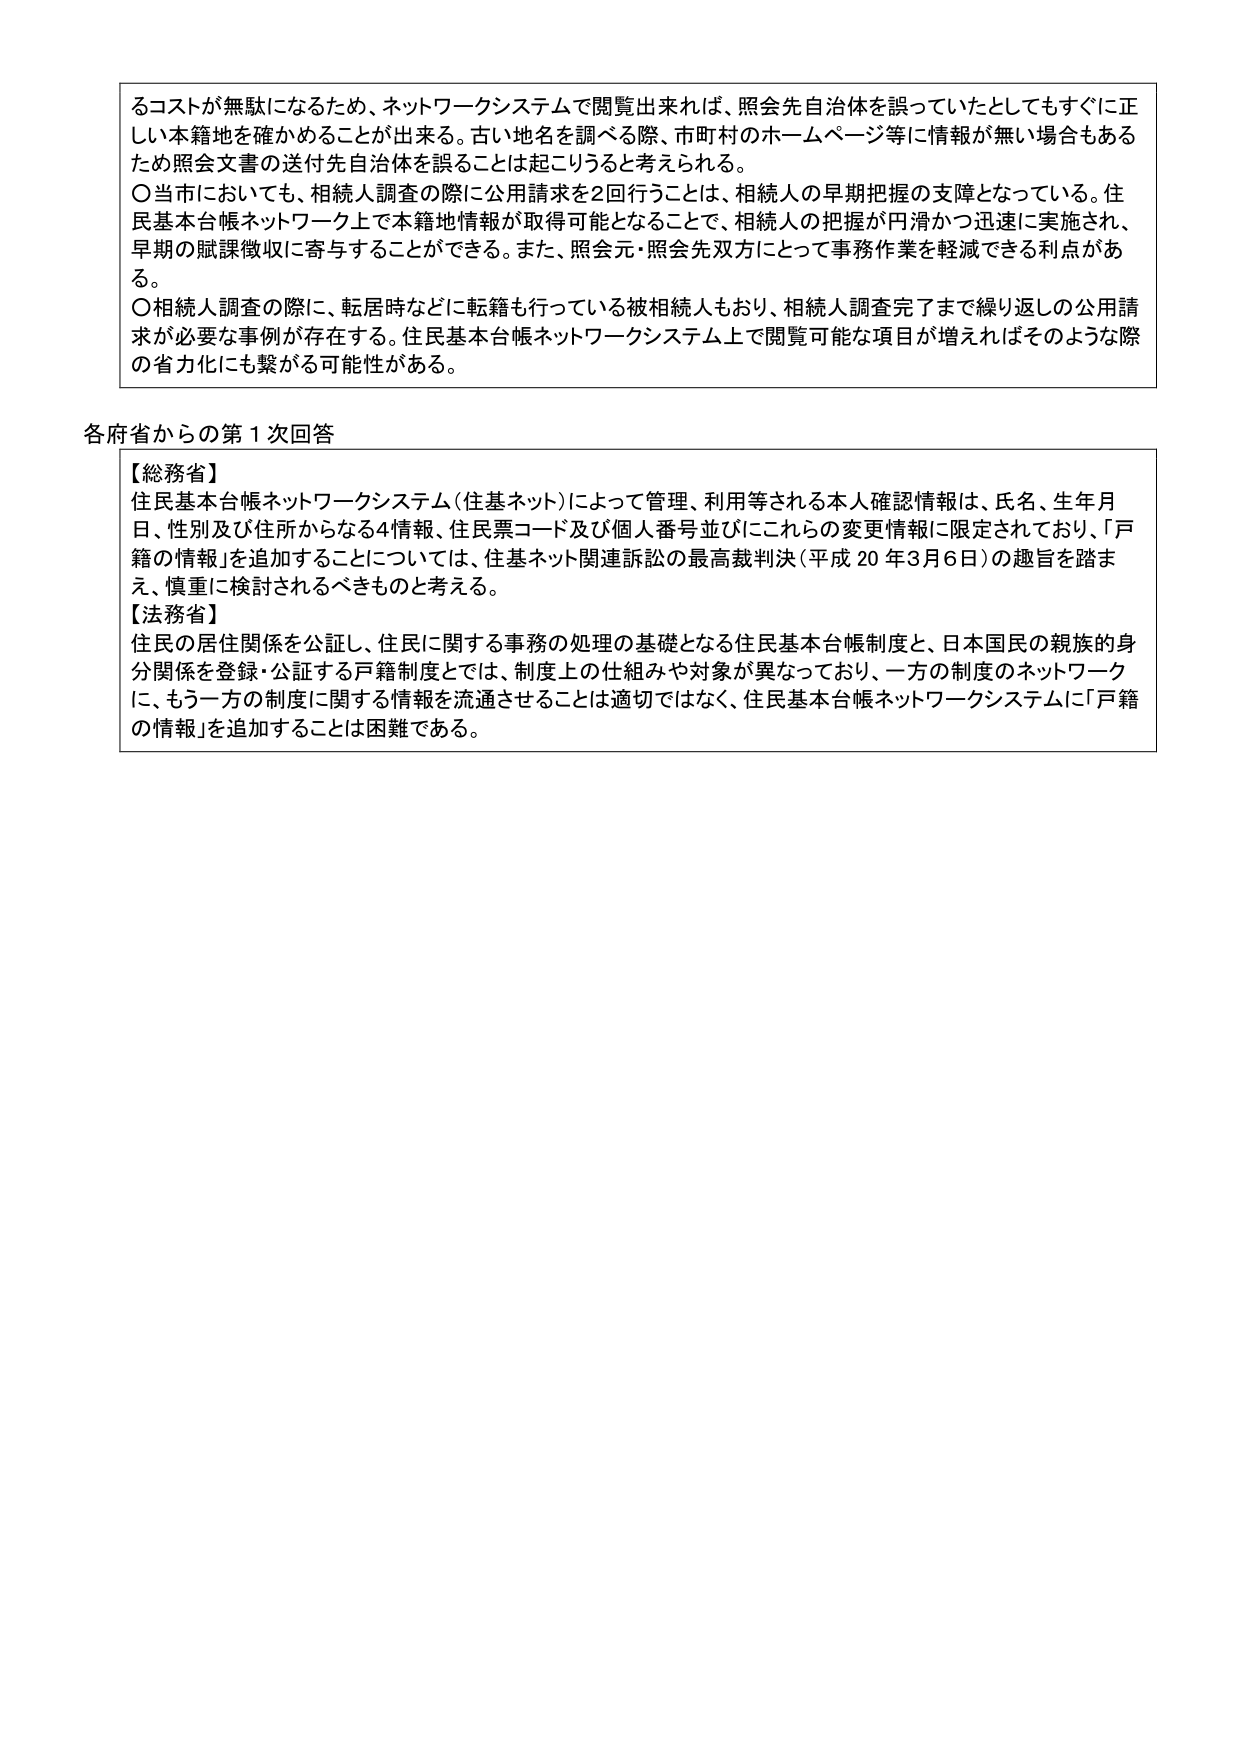
るコストが無駄になるため、ネットワークシステムで閲覧出来れば、照会先自治体を誤っていたとしてもすぐに正しい本籍地を確かめことが出来る。古い地名を調べる際、市町村のホームページ等に情報が無い場合もあるため照会文書の送付先自治体を誤ることは起こりうると考えられる。

〇当市においても、相続人調査の際に公用請求を2回行うことは、相続人の早期把握の支障となっている。住民基本台帳ネットワーク上で本籍地情報が取得可能となることで、相続人の把握が円滑かつ迅速に実施され、早期の賦課徴収に寄与することができる。また、照会元・照会先双方にとって事務作業を軽減できる利点がある。

〇相続人調査の際に、転居時などに転籍も行っている被相続人もおり、相続人調査完了まで繰り返しの公用請求が必要な事例が存在する。住民基本台帳ネットワークシステム上で閲覧可能な項目が増えればそのような際の省力化にも繋がる可能性がある。

各府省からの第1次回答

【総務省】
住民基本台帳ネットワークシステム（住基ネット）によって管理、利用等される本人確認情報は、氏名、生年月日、性別及び住所からなる4情報、住民票コード及び個人番号並びにこれらの変更情報に限定されており、「戸籍の情報」を追加することについては、住基ネット関連訴訟の最高裁判決（平成20年3月6日）の趣旨を踏まえ、慎重に検討されるべきものと考える。

【法務省】
住民の居住関係を公証し、住民に関する事務の処理の基礎となる住民基本台帳制度と、日本国民の親族的身分関係を登録・公証する戸籍制度としては、制度上の仕組みや対象が異なっており、一方の制度のネットワークに、もう一方の制度に関する情報を流通させることは適切ではなく、住民基本台帳ネットワークシステムに「戸籍の情報」を追加することは困難である。